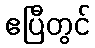
ဧပြီတွင်